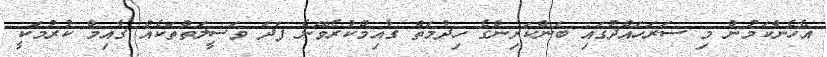
އެހެންކަމުން މި ސަރަހައްދުގައި ބަންކަރިންގެ ހިދުމަތް ގާއިމްކުރެވޭނެ ފަދަ ވަސީލަތްތަކެއް ގާއިމް ކުރުމަކީ